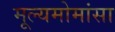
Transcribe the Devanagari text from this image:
मूल्यमोमांसा